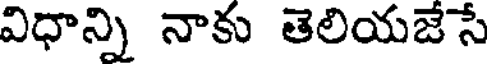
విధాన్ని నాకు తెలియజేసే